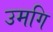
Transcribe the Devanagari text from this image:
उमगि